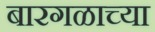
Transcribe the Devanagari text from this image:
बारगळाच्या